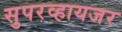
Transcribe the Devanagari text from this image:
सुपरव्हायजर